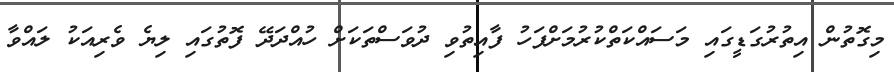
މިގޮތުން އިތުރުގަޑީގައި މަސައްކަތްކުރުމަށްފަހު ފާއިތުވި ދުވަސްތަކަށް ހުއްދަދޭ ފޮތުގައި ލިޔެ ވެރިއަކު ލައްވާ